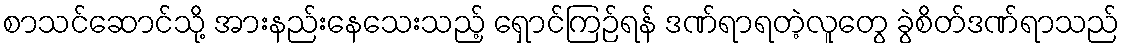
စာသင်ဆောင်သို့ အားနည်းနေသေးသည့် ရှောင်ကြဉ်ရန် ဒဏ်ရာရတဲ့လူတွေ ခွဲစိတ်ဒဏ်ရာသည်